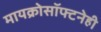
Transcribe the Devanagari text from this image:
मायक्रोसॉफ्टनेही